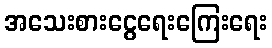
အသေးစားငွေရေးကြေးရေး